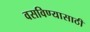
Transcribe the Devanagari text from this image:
वसविण्यासाठी